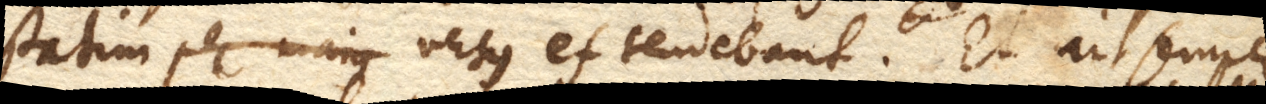
statim per majus versus ef. tenebant. Et ait semper